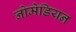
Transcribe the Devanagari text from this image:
नोमेडियन